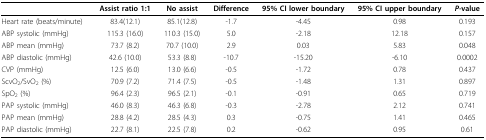
<table><thead><tr><td></td><td><b>Assist ratio 1:1</b></td><td><b>No assist</b></td><td><b>Difference</b></td><td><b>95% CI lower boundary</b></td><td><b>95% CI upper boundary</b></td><td><b><i>P-</i>value</b></td></tr></thead><tbody><tr><td>Heart rate (beats/minute)</td><td>83.4(12.1)</td><td>85.1(12.8)</td><td>-1.7</td><td>-4.45</td><td>0.98</td><td>0.193</td></tr><tr><td>ABP systolic (mmHg)</td><td>115.3 (16.0)</td><td>110.3 (15.0)</td><td>5.0</td><td>-2.18</td><td>12.18</td><td>0.157</td></tr><tr><td>ABP mean (mmHg)</td><td>73.7 (8.2)</td><td>70.7 (10.0)</td><td>2.9</td><td>0.03</td><td>5.83</td><td>0.048</td></tr><tr><td>ABP diastolic (mmHg)</td><td>42.6 (10.0)</td><td>53.3 (8.8)</td><td>-10.7</td><td>-15.20</td><td>-6.10</td><td>0.0002</td></tr><tr><td>CVP (mmHg)</td><td>12.5 (6.0)</td><td>13.0 (6.6)</td><td>-0.5</td><td>-1.72</td><td>0.78</td><td>0.437</td></tr><tr><td>ScvO<sub>2</sub>/SvO<sub>2 </sub>(%)</td><td>70.9 (7.2)</td><td>71.4 (7.5)</td><td>-0.5</td><td>-1.48</td><td>1.31</td><td>0.897</td></tr><tr><td>SpO<sub>2 </sub>(%)</td><td>96.4 (2.3)</td><td>96.5 (2.1)</td><td>-0.1</td><td>-0.91</td><td>0.65</td><td>0.719</td></tr><tr><td>PAP systolic (mmHg)</td><td>46.0 (8.3)</td><td>46.3 (6.8)</td><td>-0.3</td><td>-2.78</td><td>2.12</td><td>0.741</td></tr><tr><td>PAP mean (mmHg)</td><td>28.8 (4.2)</td><td>28.5 (4.3)</td><td>0.3</td><td>-0.75</td><td>1.41</td><td>0.465</td></tr><tr><td>PAP diastolic (mmHg)</td><td>22.7 (8.1)</td><td>22.5 (7.8)</td><td>0.2</td><td>-0.62</td><td>0.95</td><td>0.61</td></tr></tbody></table>